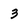
Character: 3